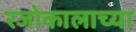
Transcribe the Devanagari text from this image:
रजोकालाच्या